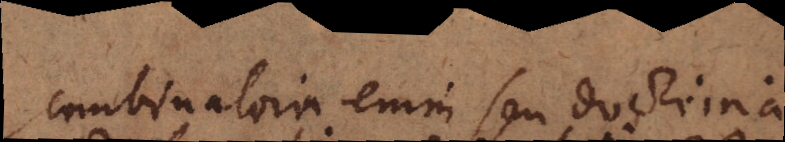
combinatoria enim seu doctrina